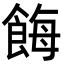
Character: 𩛸